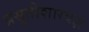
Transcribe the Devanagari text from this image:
प्रसूतीशास्त्रज्ञ